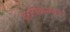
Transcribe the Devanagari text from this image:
ट्रापिककल